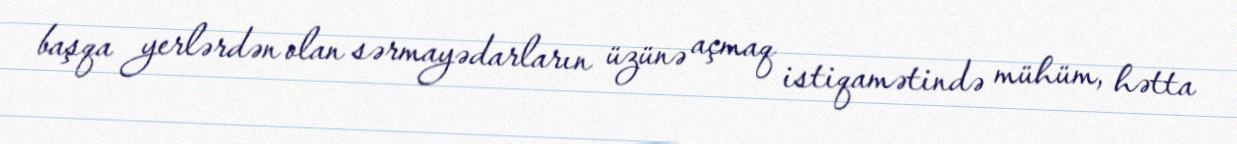
başqa yerlərdən olan sərmayədarların üzünə açmaq istiqamətində mühüm, hətta